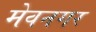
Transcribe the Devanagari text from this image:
मेवनगर